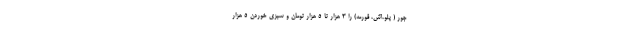
جور ( پلو،آش، قورمه) را ۳ هزار تا ۵ هزار تومان و سبزی خوردن ۵ هزار